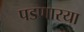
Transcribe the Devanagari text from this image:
पडणारया